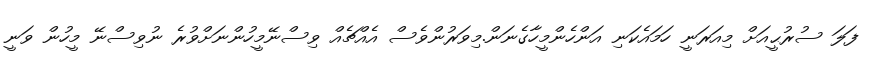
ފަލަ ސުރުޙީއަށް މިއަރަނީ ހަމައެކަނި އަންހެންމީހާގެނަން.މިވަރުންވެސް އެއްޗެއް ވިސްނޭމީހުންނަށްވުރެ ނުވިސްނޭ މީހުން ވަނީ